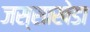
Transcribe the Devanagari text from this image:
जस्‍साखेडा